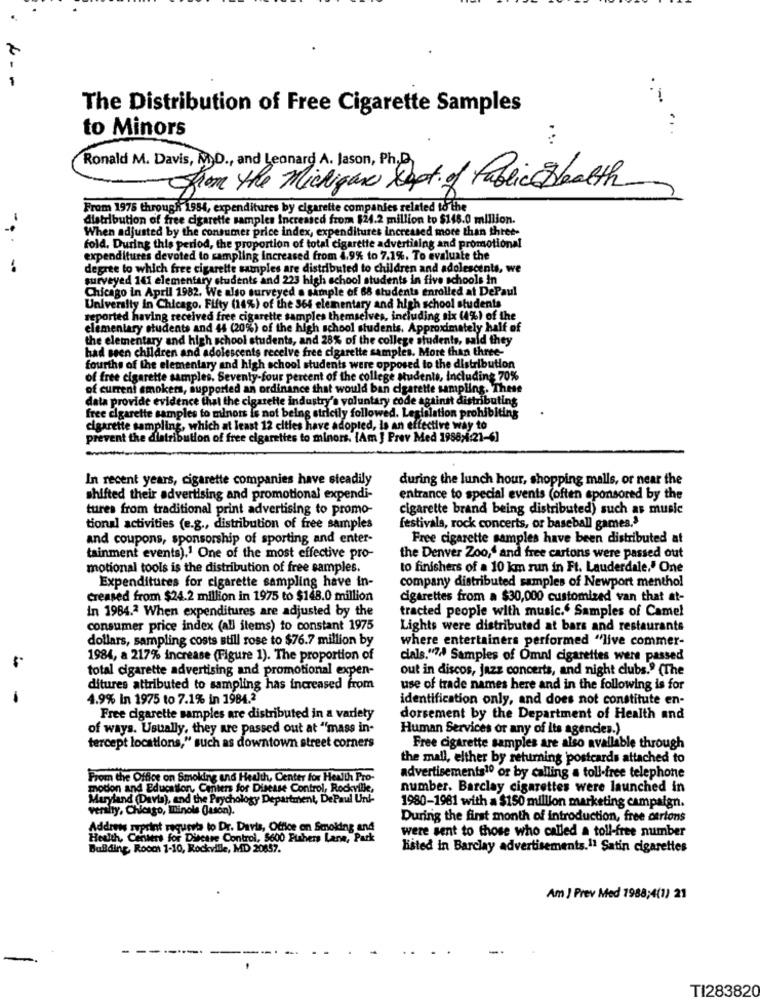
-
.-
The Distribution of Free Cigarette Samples
to Minors
...
Ronald M. Davis, M.D ., and Leonard A. Jason, Ph.D
from the Michigan Dept. of Public Health
From 1975 through 1954, expenditures by cigarette companies related to the
distribution of free cigarette samples Increased from $24.2 million to $148.0 million.
When adjusted by the consumer price index, expenditures increased more than three-
fold. During this period, the proportion of total cigarette advertising and promotional
expenditures devoted to sampling increased from 4,9% to 7.1%. To evaluate the
degree to which free cigarette samples are distributed to children and adolescents, we
surveyed 141 elementary students and 223 high school students in five schools in
Chicago in April 1982. We also surveyed a sample of 68 students enrolled at DePaul
University in Chicago. Fifty (14%) of the 364 elementary and high school students
reported having received free cigarette samples themselves, including six (4%) of the
elementary students and 44 (20%) of the high school students, Approximately half of
the elementary and high school students, and 28% of the college students, said they
had seen children and adolescents receive free cigarette samples. More than three-
fourths of the elementary and high school students were opposed to the distribution
of free cigarette samples. Seventy-four percent of the college students, Including 70%
of current smokers, supported an ordinance that would ban cigarette sampling. These
data provide evidence that the cigarette industry's voluntary code against distributing
free cigarette samples to minors is not being strictly followed. Legislation prohibiting
cigarette sampling, which at least 12 cities have adopted, is an effective way to
prevent the distribution of free cigarettes to minors. IAm ] Prev Med 1988;4:21-6]
In recent years, cigarette companies have steadily
during the lunch hour, shopping malls, or near the
shifted their advertising and promotional expendi-
entrance to special events (often sponsored by the
tures from traditional print advertising to promo-
cigarette brand being distributed) such as music
tional activities (e.g ., distribution of free samples
festivals, rock concerts, or baseball games.'
and coupons, sponsorship of sporting and enter-
Free cigarette samples have been distributed at
tainment events),1 One of the most effective pro-
the Denver Zoo,' and free cartons were passed out
motional tools is the distribution of free samples.
to finishers of a 10 km run in Ft. Lauderdale.' One
Expenditures for cigarette sampling have in-
company distributed samples of Newport menthol
creased from $24.2 million in 1975 to $148.0 million
cigarettes from a $30,000 customized van that at-
In 1984.2 When expenditures are adjusted by the
tracted people with music." Samples of Camel
consumer price index (all items) to constant 1975
Lights were distributed at bars and restaurants
dollars, sampling costs still rose to $76.7 million by
where entertainers performed "live commer-
1984, a 217% increase (Figure 1). The proportion of
cials."7.ª Samples of Omni cigarettes were passed
total cigarette advertising and promotional expen-
out in discos, jazz concerts, and night clubs." (The
ditures attributed to sampling has increased from
use of trade names here and in the following is for
-
4.9% In 1975 to 7.1% in 1984.2
identification only, and does not constitute en-
Free cigarette samples are distributed in a variety
dorsement by the Department of Health and
of ways. Usually, they are passed out at "mass in-
Human Services or any of Its agencies.)
tercept locations," such as downtown street corners
Free cigarette samples are also available through
the mall, elther by returning postcards attached to
From the Office on Smoking and Health, Center for Health Pro-
advertisements10 or by calling a toll-free telephone
modon and Education, Centers for Disease Control, Rockville,
number, Barclay cigarettes were launched in
Maryland (Davis), and the Psychology Department, DePaul Unt-
veraity, Chicago, minols (Jason).
1980-1981 with a $150 million marketing campaign.
During the first month of introduction, free otrions
Address zuprint request to Dr. Davis, Office on Smoking and
were sent to those who called a toll-free number
Health, Centers for Disease Control, $600 Fishers Lane, Park
Building, Roocs 1-10, Rockville, MD 20857.
listed in Barclay advertisements.11 Satin cigarettes
Am J Prev Med 7988;4(1) 21
TI283820